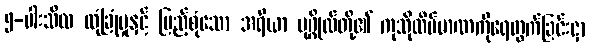
၅-ပါးသီလ လုံခြုံမှုနှင့် ပြည့်စုံသော အရိယာ ပုဂ္ဂိုလ်တို့၏ ကုသိုလိပ်မာဏကိုရေတွက်ခြင်းငှာ